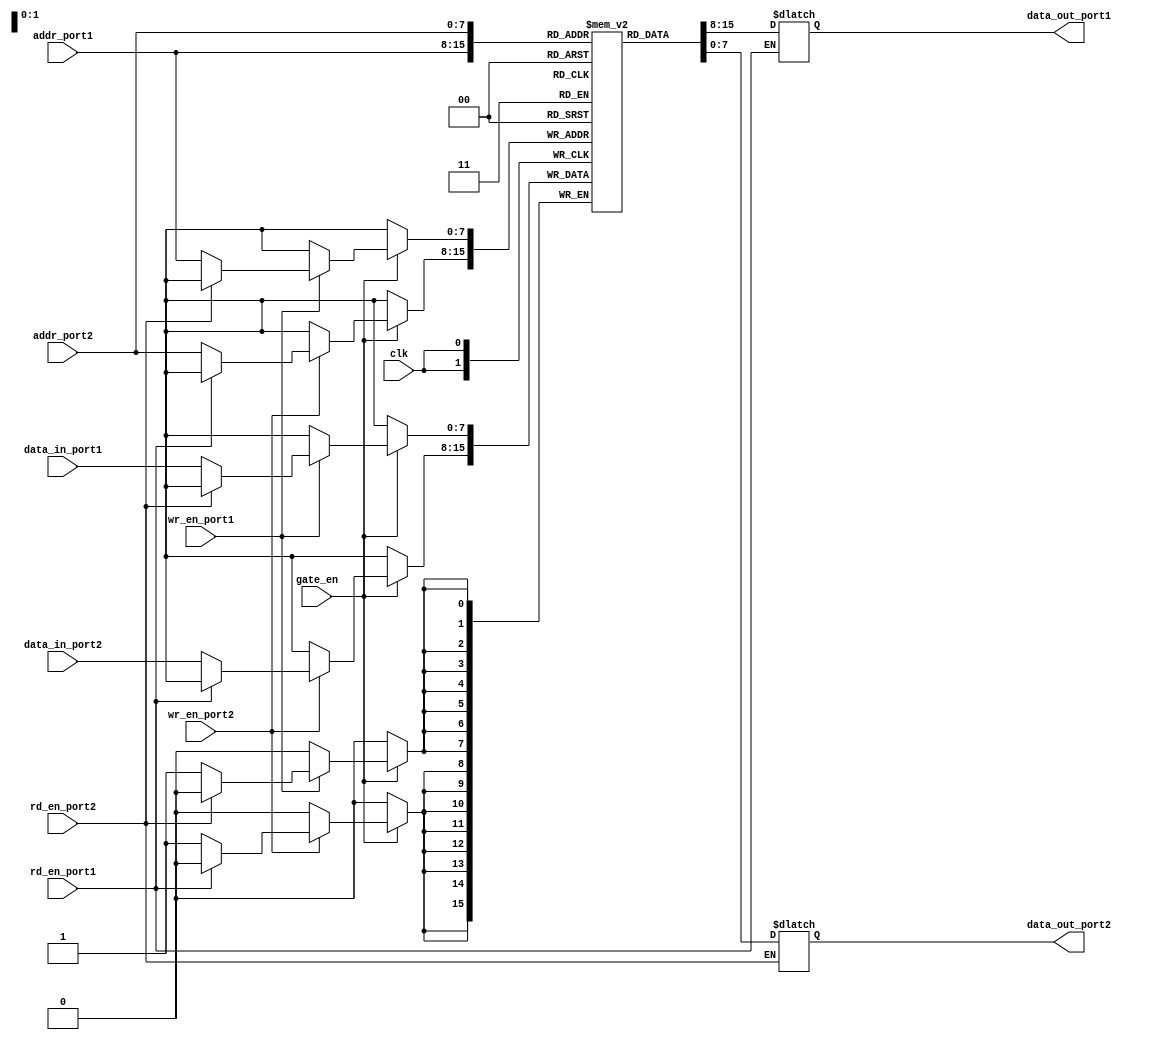
module dual_port_ram(
    input clk,
    input [7:0] addr_port1,
    input [7:0] addr_port2,
    input [7:0] data_in_port1,
    input [7:0] data_in_port2,
    input wr_en_port1,
    input wr_en_port2,
    input rd_en_port1,
    input rd_en_port2,
    input gate_en,
    output reg [7:0] data_out_port1,
    output reg [7:0] data_out_port2
);

reg [7:0] memory [0:255];

always @(posedge clk) begin
    if (gate_en == 1'b1) begin
        if (wr_en_port1 == 1'b1) begin
            if (rd_en_port2 == 0) begin
                memory[addr_port1] <= data_in_port1;
            end
        end
        if (wr_en_port2 == 1'b1) begin
            if (rd_en_port1 == 0) begin
                memory[addr_port2] <= data_in_port2;
            end
        end
    end
end

always @(*) begin
    if (rd_en_port1 == 1'b1) begin
        data_out_port1 <= memory[addr_port1];
    end
    if (rd_en_port2 == 1'b1) begin
        data_out_port2 <= memory[addr_port2];
    end
end

endmodule